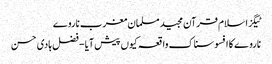
ٹیگزاسلام قرآن مجید مسلمان مغرب ناروے
ناروے کا افسوسناک واقعہ کیوں پیش آیا - فضل ہادی حسن